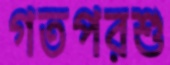
গতপরশু